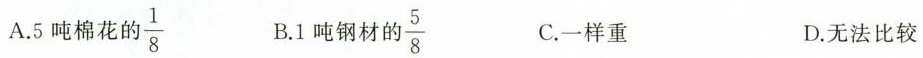
A.5吨棉花的\frac{1}{8} B.1吨钢材的\frac{5}{8} C.一样重 D.无法比较